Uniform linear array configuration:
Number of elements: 48
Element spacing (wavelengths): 1
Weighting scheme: binomial
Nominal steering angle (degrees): -15
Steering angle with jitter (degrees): -16.018
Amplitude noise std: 0.05
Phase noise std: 0.05

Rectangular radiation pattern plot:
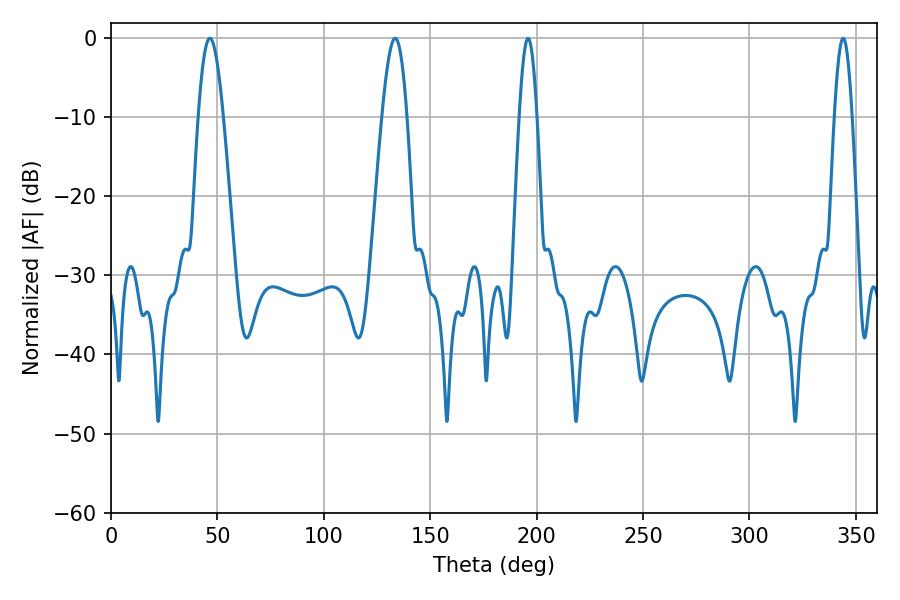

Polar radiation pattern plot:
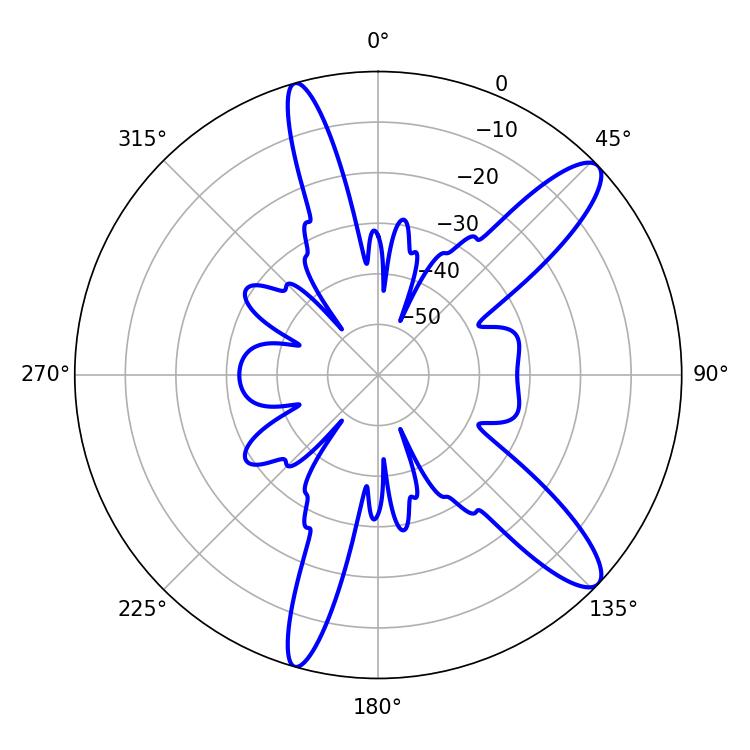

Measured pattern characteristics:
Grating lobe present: TRUE
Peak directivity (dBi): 11.923
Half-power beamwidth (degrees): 6.3
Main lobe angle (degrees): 46.44